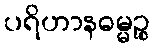
ပရိဟာနဓမ္မဉ္စ